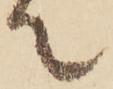
て